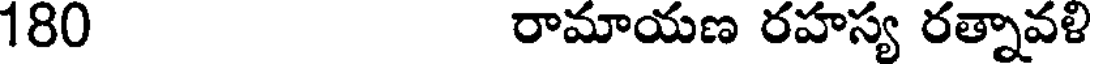
180 రామాయణ రహస్య రత్నావళి